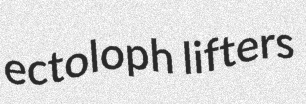
ectoloph lifters